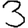
Digit: 3